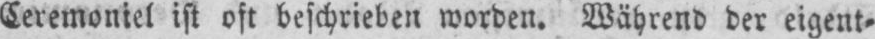
Ceremoniel ist oft beschrieben worden. Während der eigent⸗